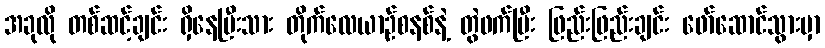
အခုလို တစ်ဆင့်ချင်း ရှိနေပြီးသား တိုက်လေယာဉ်စနစ်နဲ့ တွဲဖက်ပြီး ဖြည်းဖြည်းချင်း ဖော်ဆောင်သွားမှာ